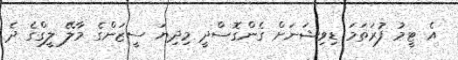
އެ ޓީމު ފުރަތަމަ ޑިވިޝަނަށް ގެންގޮސްދީ މިދިޔަ ސީޒަންގެ މާލޭ ލީގްގެ ދެ